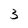
Character: 3